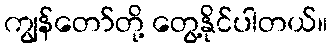
ကျွန်တော်တို့ တွေ့နိုင်ပါတယ်။